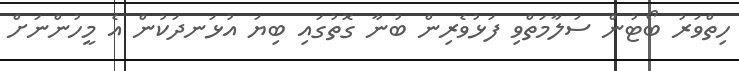
ހިތްވަރު ބޯޓުން ސަލާމަތްވި ފަޅުވެރިން ބުނާ ގޮތުގައި ބިޔަ އުޅަނދަކުން އެ މީހުންނަށް